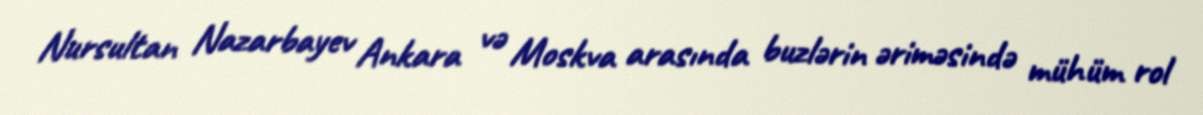
Nursultan Nazarbayev Ankara və Moskva arasında buzlərin əriməsində mühüm rol